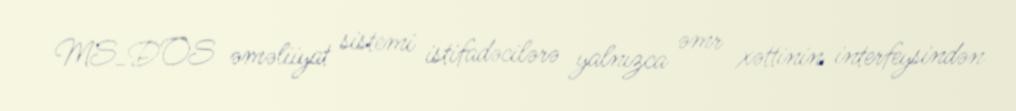
MS_DOS əməliiyat sistemi istifadəcilərə yalnızca əmr xəttinin interfeysindən